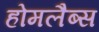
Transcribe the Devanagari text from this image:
होमलैब्स